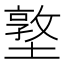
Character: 墪